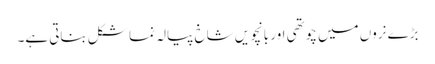
بڑے نروں میں چوتھی اور بانچویں شاخ پیالہ نما شکل بناتی ہے۔